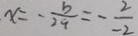
x = - \frac { b } { 2 a } = - \frac { 2 } { - 2 }